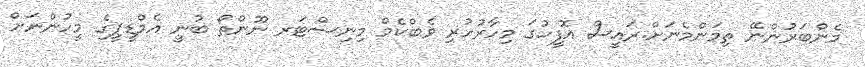
މެންބަރުންނޭ ތިމަންމެނަށް.ރައީސް އޮފީހުގަ މިހާރުހުރި ވެބްކެމް މިނިސްޓަރ ނޫންތޯ ބުނީ އެމްޑީޕީގެ މީހުންނަށް